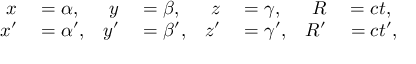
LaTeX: \begin{array} { r l r l r l r l } { x } & { { } = \alpha , } & { y } & { { } = \beta , } & { z } & { { } = \gamma , } & { R } & { { } = c t , } \\ { x ^ { \prime } } & { { } = \alpha ^ { \prime } , } & { y ^ { \prime } } & { { } = \beta ^ { \prime } , } & { z ^ { \prime } } & { { } = \gamma ^ { \prime } , } & { R ^ { \prime } } & { { } = c t ^ { \prime } , } \end{array}